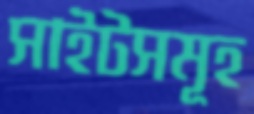
সাইটসমূহ